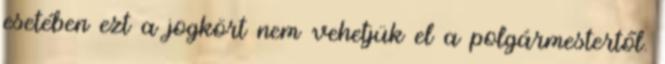
esetében ezt a jogkört nem vehetjük el a polgármestertől.